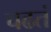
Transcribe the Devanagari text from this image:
चढतं